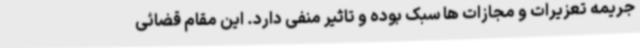
جریمه تعزیرات و مجازات ها سبک بوده و تاثیر منفی دارد. این مقام قضائی